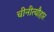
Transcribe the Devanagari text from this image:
चीनीत्यौहार